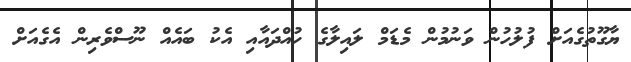
ޔާގޫތުގެއަށް ފުލުހުން ވަނުމުން މެޑަމް ލައިލާގެ ހުއްދައާއި އެކު ބައެއް ނޫސްވެރިން އެގެއަށް